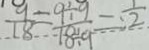
\frac { 9 \div 9 } { 1 8 } = \frac { 9 \div 9 } { 1 8 \div 9 } = \frac { 1 } { 2 }